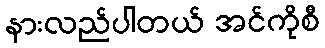
နားလည်ပါတယ် အင်ကိုစီ